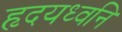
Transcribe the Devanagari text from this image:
हृदयध्वनि